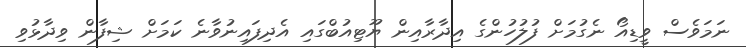
ނަމަވެސް ވީޑިއޯ ނެގުމަށް ފުލުހުންގެ އިދާރާއިން ޔޫޓިއުބްގައި އެދިފައިނުވާނެ ކަމަށް ޝިފާން ވިދާޅުވި